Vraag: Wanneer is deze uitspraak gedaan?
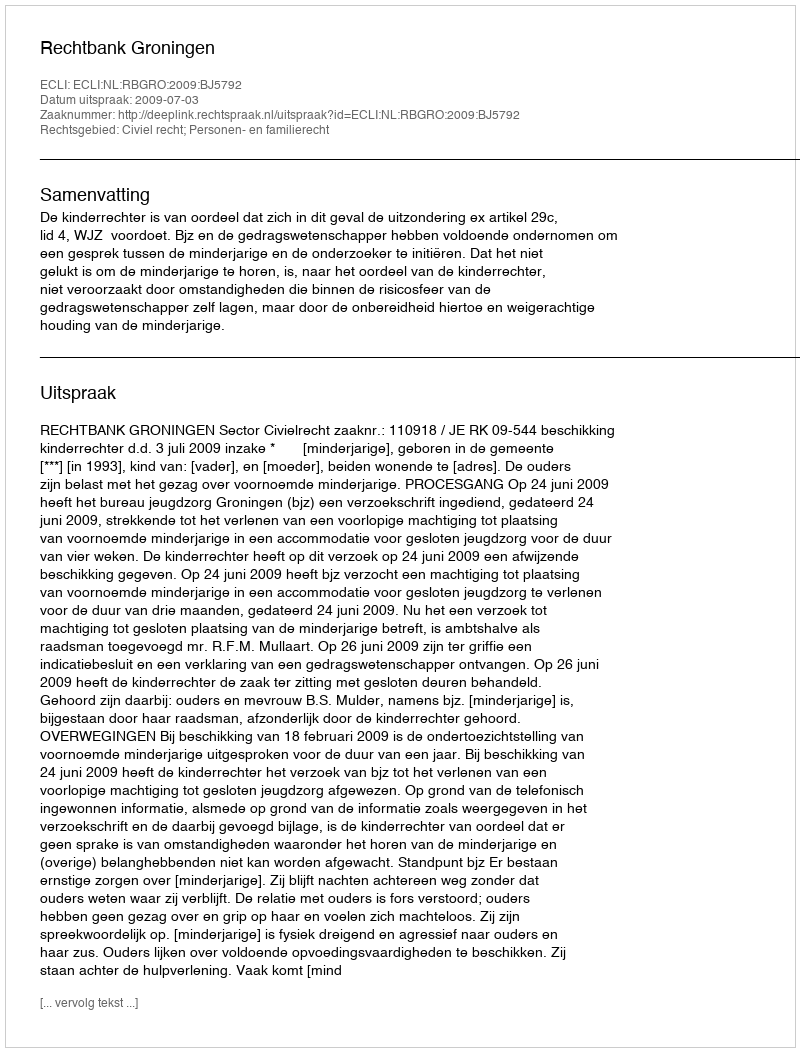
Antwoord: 2009-07-03